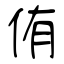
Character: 侑